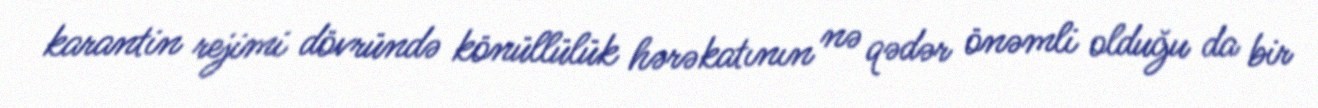
karantin rejimi dövründə könüllülük hərəkatının nə qədər önəmli olduğu da bir